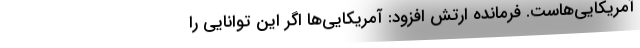
آمریکایی‌هاست. فرمانده ارتش افزود: آمریکایی‌ها اگر این توانایی را